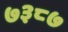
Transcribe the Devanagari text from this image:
७३८७